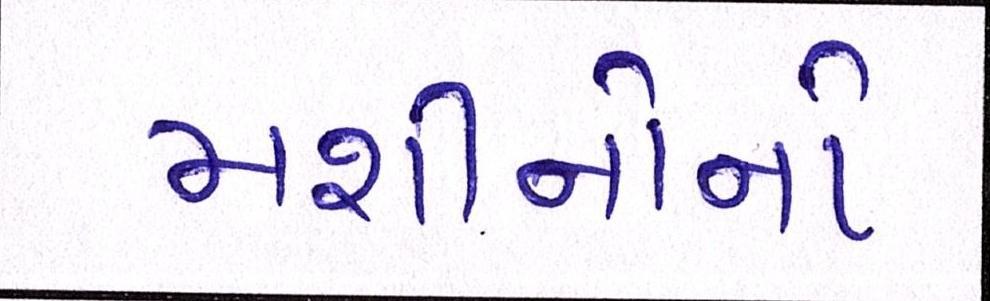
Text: મશીનોનો